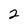
Character: 2